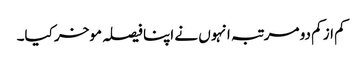
کم از کم دو مرتبہ انہوں نے اپنا فیصلہ موخر کیا۔